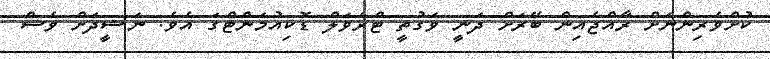
ކުށްވެރިންނަށް ރާއްޖެއިން ބޭރަށް ދަނީ ވަގުތީ ޓްރެވަލް ޑޮކިއުމަންޓްގަ އެވެ. ނަޝީދަށް ވެސް